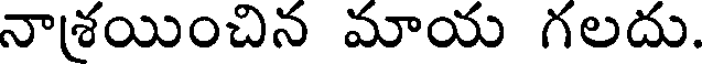
నాశయించిన మాయ గలదు.